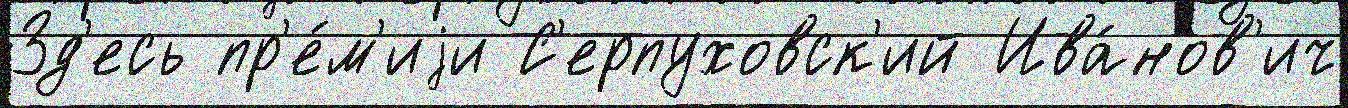
Зд'есь пр'е́м'иjи С'ерпуховск'ий Ива́нов'ич